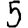
Digit: 5